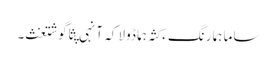
ساما ہما رنگ ءَ کثہ ہما ڈولا کہ آنہی پثا گوشتغث۔